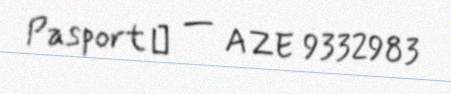
Pasport № — AZE 9332983